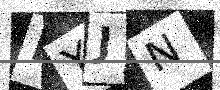
Text: BYJN